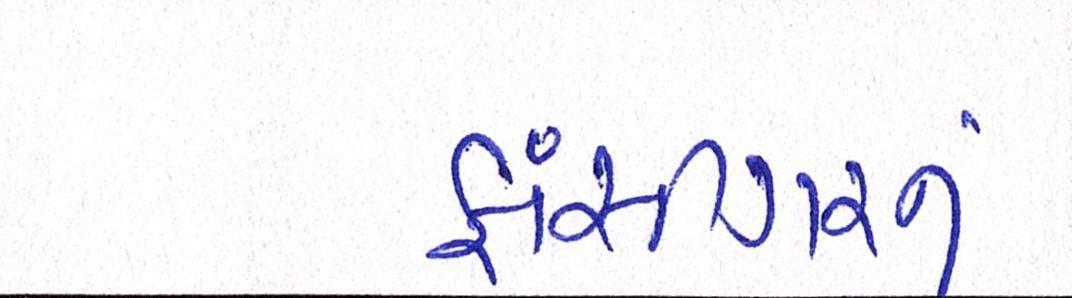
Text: ફાંસીગરનું